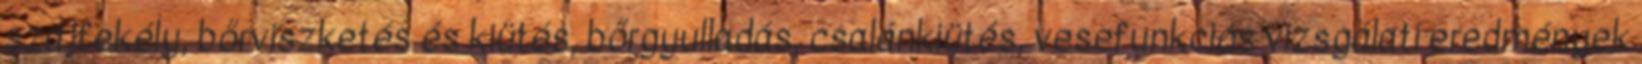
szájfekély, bőrviszketés és kiütés, bőrgyulladás, csalánkiütés, vesefunkciós vizsgálati eredmények